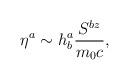
LaTeX: \begin{align*}\eta ^{a}\sim h_{b}^{a}\frac{S^{bz}}{m_{0}c}, \end{align*}